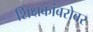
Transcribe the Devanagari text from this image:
शिक्षकांबरोबर